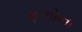
ફળોના